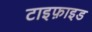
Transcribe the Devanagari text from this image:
टाइफ़ाइड